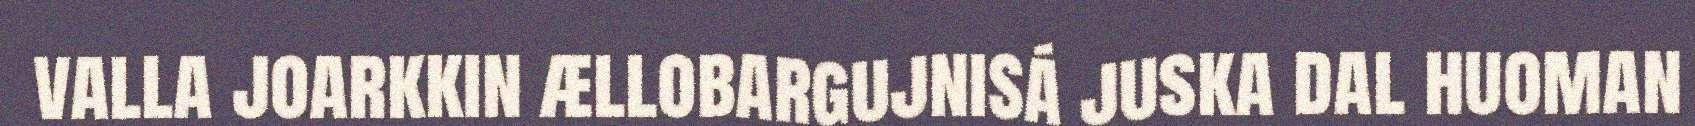
valla joarkkin ællobargujnisá juska dal huoman